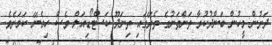
ދަށުން މީހުން ބަންދުކުރާ ތަންތަނުގެ ތެރޭގައި ތިނަދޫ ކަސްޓޯޑިއަލް ވެސް ހިމެނޭ ކަމަށެވެ.